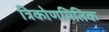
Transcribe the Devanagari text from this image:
त्रिकोणमितिक